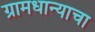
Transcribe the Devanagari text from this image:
ग्रामधान्याचा